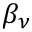
\beta _ { \nu }